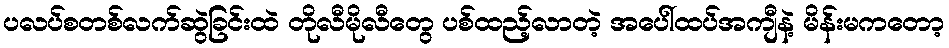
ပလပ်စတစ်လက်ဆွဲခြင်းထဲ တိုလီမိုလီတွေ ပစ်ထည့်လာတဲ့ အပေါ်ထပ်အကျီနဲ့ မိန်းမကတော့